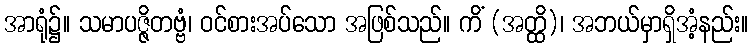
အာရုံ၌။ သမာပဇ္ဇိတဗ္ဗံ၊ ဝင်စားအပ်သော အဖြစ်သည်။ ကိံ (အတ္ထိ)၊ အဘယ်မှာရှိအံ့နည်း။